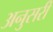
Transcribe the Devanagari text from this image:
अनुसरी